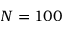
N = 1 0 0